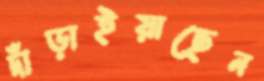
দাঁড়াইয়াছেন